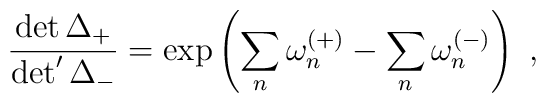
\frac{\det \Delta_+}{\det^\prime \Delta_-}= \exp \left( \sum_n \omega_n^{(+)} - \sum_n \omega_n^{(-)} \right) \ ,